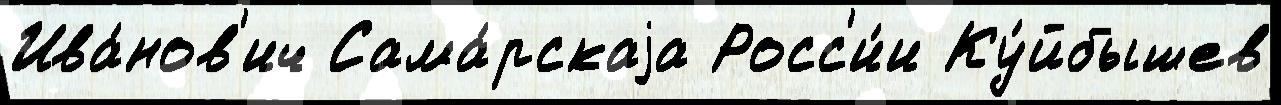
Ива́нов'ич Сама́рскаjа Росс'и́и Ку́йбышев